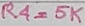
Text: R4=5K